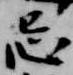
忌